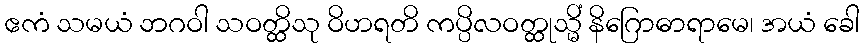
ဧကံ သမယံ ဘဂဝါ သဝတ္ထိသု ဝိဟရတိ ကပ္ပိလဝတ္ထုသ္မိံ နိဂြောဓာရာမေ၊ အယံ ခေါ